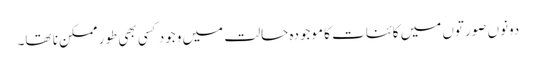
دونوں صورتوں میں کائنات کا موجودہ حالت میں وجود کسی بھی طور ممکن نا تھا۔